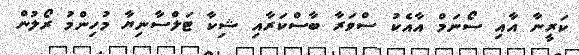
ކަރީނާ އާއި ސޯނަމް އާއެކު ސްވަރާ ބާސްކަރާއި ޝިކާ ޓަލްސާނިޔާ މުހިންމު ރޯލުން